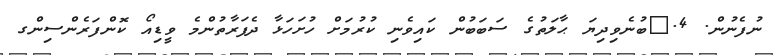
ނުފެނުން. 4.	ބުނެވިދިޔަ ޙާލަތުގެ ސަބަބުން ކައިވެނި ކުރުމަށް ހުށަހަޅާ ދެފަރާތުންމެ ވީޑިއޯ ކޮންފަރެންސިންގ